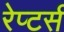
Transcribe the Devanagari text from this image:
रेप्‍टर्स